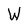
Character: W